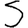
Digit: 5